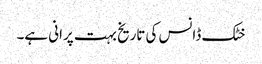
خٹک ڈانس کی تاریخ بہت پرانی ہے۔